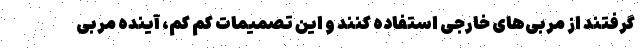
گرفتند از مربی‌های خارجی استفاده کنند و این تصمیمات کم کم، آینده مربی